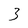
Character: 3